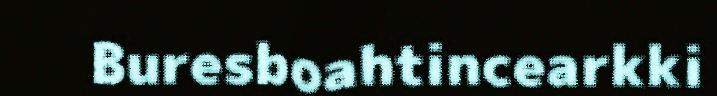
Buresboahtincearkki